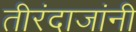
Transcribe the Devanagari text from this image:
तीरंदाजांनी